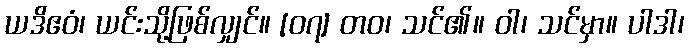
ယဒိဧဝံ၊ ယင်းသို့ဖြစ်လျှင်။ [၀၇] တဝ၊ သင်၏။ ဝါ၊ သင်မှာ။ ပါဒါ၊